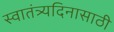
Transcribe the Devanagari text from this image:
स्वातंत्र्यदिनासाठी